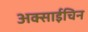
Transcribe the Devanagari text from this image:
अक्साईचिन